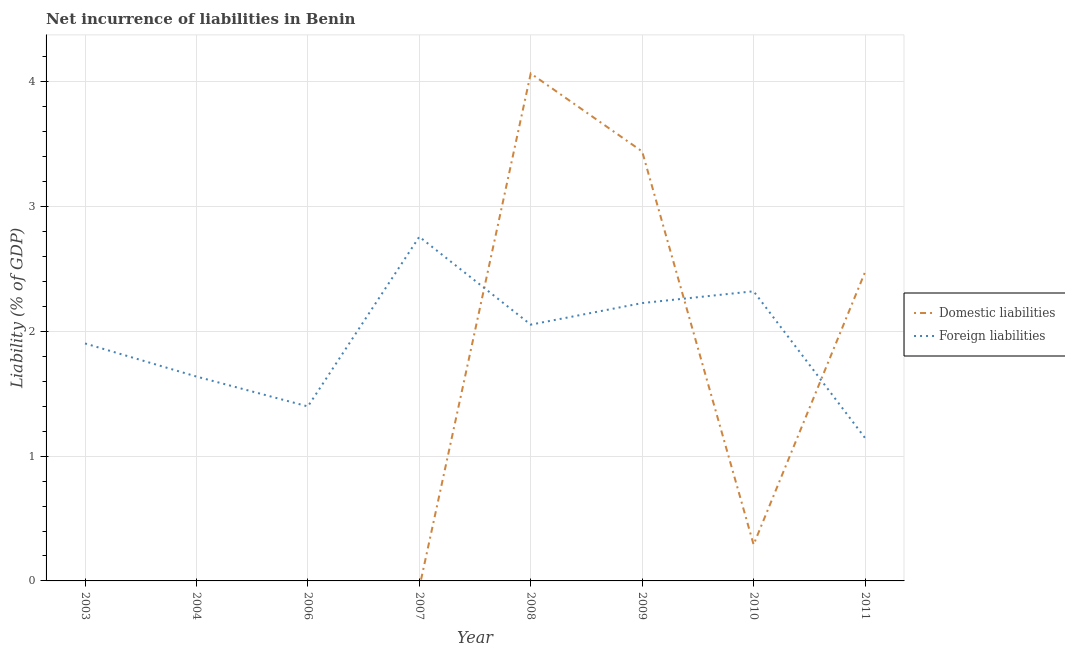
| Year | Domestic liabilities | Foreign liabilities |
 | --- | --- | --- |
 | 2003 | -0.485 | 1.9 |
 | 2004 | -2.12 | 1.64 |
 | 2006 | -0.0796 | 1.4 |
 | 2007 | -0.0537 | 2.76 |
 | 2008 | 4.07 | 2.05 |
 | 2009 | 3.44 | 2.23 |
 | 2010 | 0.291 | 2.32 |
 | 2011 | 2.47 | 1.15 |